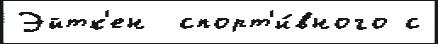
Эйтк'ен  спорт'и́вного с